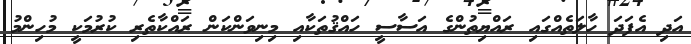
އަދި އެފަދަ ހާލަތެއްގައި ރައްޔިތުންގެ އަސާސީ ހައްޤުތަކާއި މިނިވަންކަން ރައްކާތެރި ކުރުމަކީ މުހިންމު